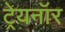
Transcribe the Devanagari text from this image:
ट्रेयनॉर